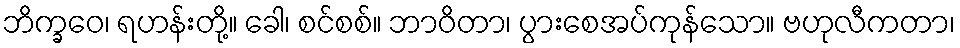
ဘိက္ခဝေ၊ ရဟန်းတို့။ ခေါ၊ စင်စစ်။ ဘာဝိတာ၊ ပွားစေအပ်ကုန်သော။ ဗဟုလီကတာ၊